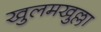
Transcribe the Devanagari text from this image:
खुलमखुल्ला